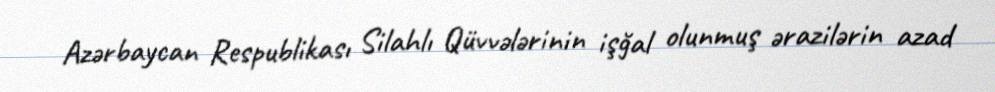
Azərbaycan Respublikası Silahlı Qüvvələrinin işğal olunmuş ərazilərin azad